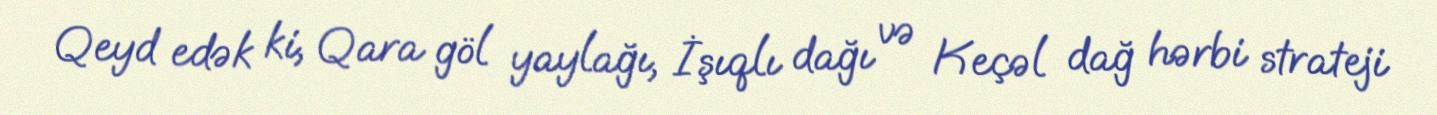
Qeyd edək ki, Qara göl yaylağı, İşıqlı dağı və Keçəl dağ hərbi strateji